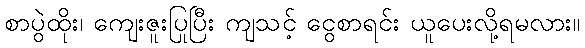
စာပွဲထိုး၊ ကျေးဇူးပြုပြီး ကျသင့် ငွေစာရင်း ယူပေးလို့ရမလား။